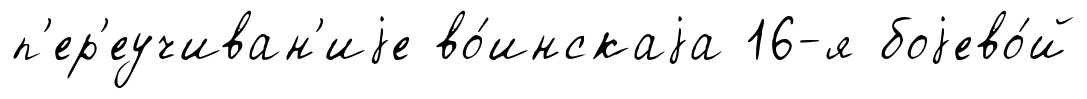
п'ер'еучиван'иjе во́инскаjа 16-я боjево́й